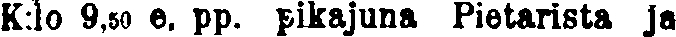
K:lo 9,50 e. pp. pikajuna Pietarista ja